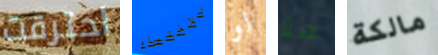
احترقت للاختباء لو هنا مالكة